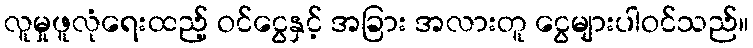
လူမှုဖူလုံရေးထည့် ဝင်ငွေနှင့် အခြား အလားတူ ငွေများပါဝင်သည်။